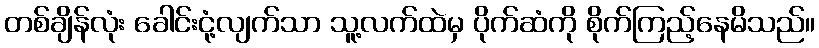
တစ်ချိန်လုံး ခေါင်းငုံ့လျက်သာ သူ့လက်ထဲမှ ပိုက်ဆံကို စိုက်ကြည့်နေမိသည်။